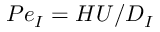
{ P e } _ { I } = H U / D _ { I }